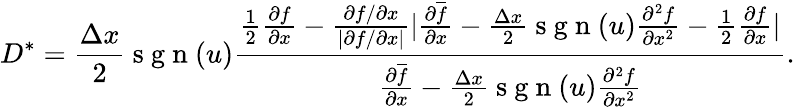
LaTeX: D^{\ast}=\frac{\Delta x}{2}\mathrm{~s~g~n~}(u)\frac{\frac{1}{2}\frac{\partial f}{\partial x}-\frac{\partial f/\partial x}{|\partial f/\partial x|}|\frac{\partial\overline{{f}}}{\partial x}-\frac{\Delta x}{2}\mathrm{~s~g~n~}(u)\frac{\partial^{2}f}{\partial x^{2}}-\frac{1}{2}\frac{\partial f}{\partial x}|}{\frac{\partial\overline{{f}}}{\partial x}-\frac{\Delta x}{2}\mathrm{~s~g~n~}(u)\frac{\partial^{2}f}{\partial x^{2}}}.